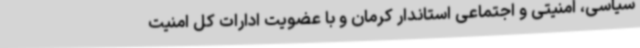
سیاسی، امنیتی و اجتماعی استاندار کرمان و با عضویت ادارات کل امنیت